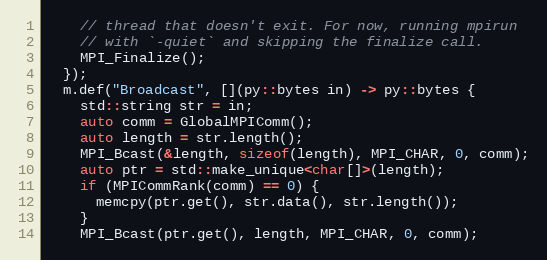
Language: C++
    // thread that doesn't exit. For now, running mpirun
    // with `-quiet` and skipping the finalize call.
    MPI_Finalize();
  });
  m.def("Broadcast", [](py::bytes in) -> py::bytes {
    std::string str = in;
    auto comm = GlobalMPIComm();
    auto length = str.length();
    MPI_Bcast(&length, sizeof(length), MPI_CHAR, 0, comm);
    auto ptr = std::make_unique<char[]>(length);
    if (MPICommRank(comm) == 0) {
      memcpy(ptr.get(), str.data(), str.length());
    }
    MPI_Bcast(ptr.get(), length, MPI_CHAR, 0, comm);